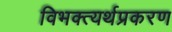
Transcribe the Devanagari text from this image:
विभक्त्यर्थप्रकरण